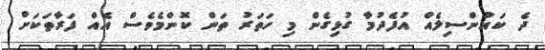
ދެ ކައުންސިލެއް އުފެދުމާ ގުޅިގެން މި ހަތަރު ތަން ކޮންމެވެސް އެއް ފަރާތަކަށް